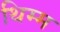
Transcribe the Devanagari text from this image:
थिम्म